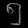
Digit: ၅